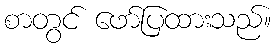
စာတွင် ဖော်ပြထားသည်။